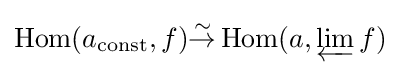
\operatorname {Hom} (a_{\textrm {const}},f){\overset {\sim }{\to }}\operatorname {Hom} (a,\varprojlim f)